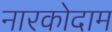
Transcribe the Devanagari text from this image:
नारकोदाम